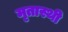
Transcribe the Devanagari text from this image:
मृतास्थी